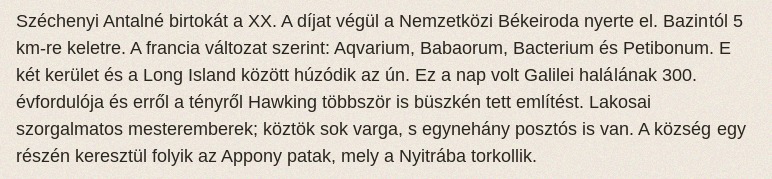
Széchenyi Antalné birtokát a XX. A díjat végül a Nemzetközi Békeiroda nyerte el. Bazintól 5 km-re keletre. A francia változat szerint: Aqvarium, Babaorum, Bacterium és Petibonum. E két kerület és a Long Island között húzódik az ún. Ez a nap volt Galilei halálának 300. évfordulója és erről a tényről Hawking többször is büszkén tett említést. Lakosai szorgalmatos mesteremberek; köztök sok varga, s egynehány posztós is van. A község egy részén keresztül folyik az Appony patak, mely a Nyitrába torkollik.